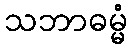
သဘာဓမ္မံ